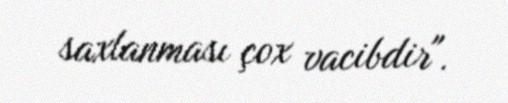
saxlanması çox vacibdir".